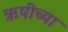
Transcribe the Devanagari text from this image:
ऋषीच्या